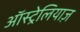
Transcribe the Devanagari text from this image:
ऑस्ट्रेलियाज़